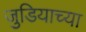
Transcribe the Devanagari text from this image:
जुडियाच्या